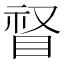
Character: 𱲸